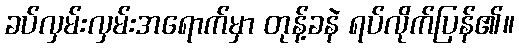
ခပ်လှမ်းလှမ်းအရောက်မှာ တုန့်ခနဲ ရပ်လိုက်ပြန်၏။